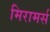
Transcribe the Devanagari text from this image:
मिरामर्स